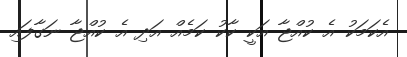
އެކަމަކު އެ ކުއްޖާ އަކީ ކާކު ކަމެއް އަދި އެ ކުއްޖާ ނަގާފައި